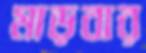
মাড়বার